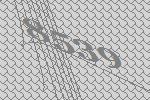
8539